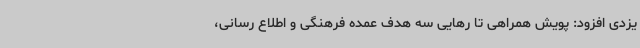
یزدی افزود: پویش همراهی تا رهایی سه هدف عمده فرهنگی و اطلاع رسانی،